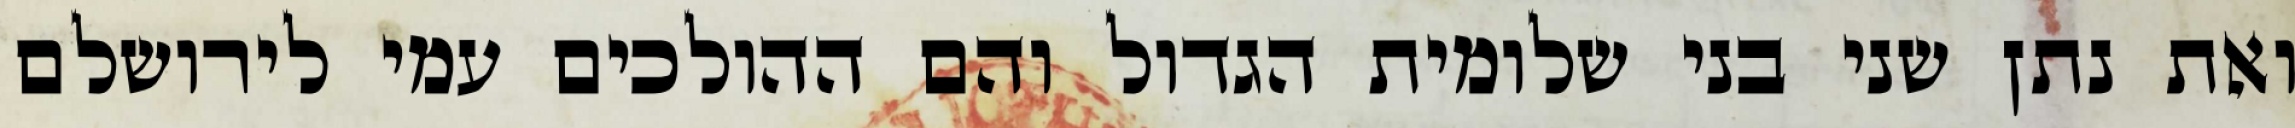
ואת נתן שני בני שלומית הגדול והם ההולכים עמי לירושלם